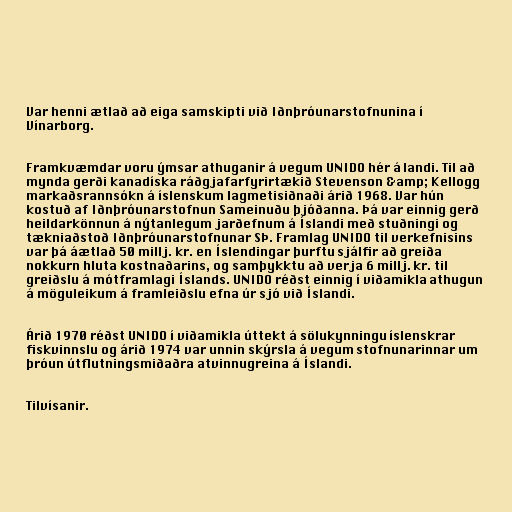
Var henni ætlað að eiga samskipti við Iðnþróunarstofnunina í
Vínarborg.

Framkvæmdar voru ýmsar athuganir á vegum UNIDO hér á landi. Til að
mynda gerði kanadíska ráðgjafarfyrirtækið Stevenson &amp; Kellogg
markaðsrannsókn á íslenskum lagmetisiðnaði árið 1968. Var hún
kostuð af Iðnþróunarstofnun Sameinuðu þjóðanna. Þá var einnig gerð
heildarkönnun á nýtanlegum jarðefnum á Íslandi með stuðningi og
tækniaðstoð Iðnþróunarstofnunar SÞ. Framlag UNIDO til verkefnisins
var þá áætlað 50 millj. kr. en Íslendingar þurftu sjálfir að greiða
nokkurn hluta kostnaðarins, og samþykktu að verja 6 millj. kr. til
greiðslu á mótframlagi Íslands. UNIDO réðst einnig í viðamikla athugun
á möguleikum á framleiðslu efna úr sjó við Íslandi.

Árið 1970 réðst UNIDO í viðamikla úttekt á sölukynningu íslenskrar
fiskvinnslu og árið 1974 var unnin skýrsla á vegum stofnunarinnar um
þróun útflutningsmiðaðra atvinnugreina á Íslandi.

Tilvísanir.